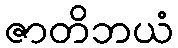
ဇာတိဘယံ